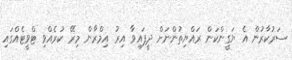
ސަރުކާރުން އެ ޔަގީންކަން ރައްޔިތުންނަށް ދީފައިވާ އިރު އިމްރާން މިރޭ ކުރެއްވި ޓްވީޓެއްގައި